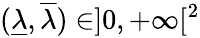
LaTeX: (\underline{{\lambda}},\overline{{\lambda}})\in]0,+\infty[^{2}